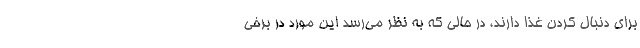
برای دنبال کردن غذا دارند، در حالی که به نظر می‌رسد این مورد در برخی